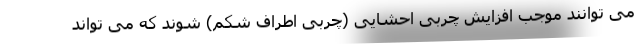
می توانند موجب افزایش چربی احشایی (چربی اطراف شکم) شوند که می تواند